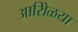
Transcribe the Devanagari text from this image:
आरोिळया